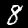
Label: 8